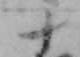
十